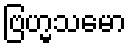
ဗြဟ္မသမော